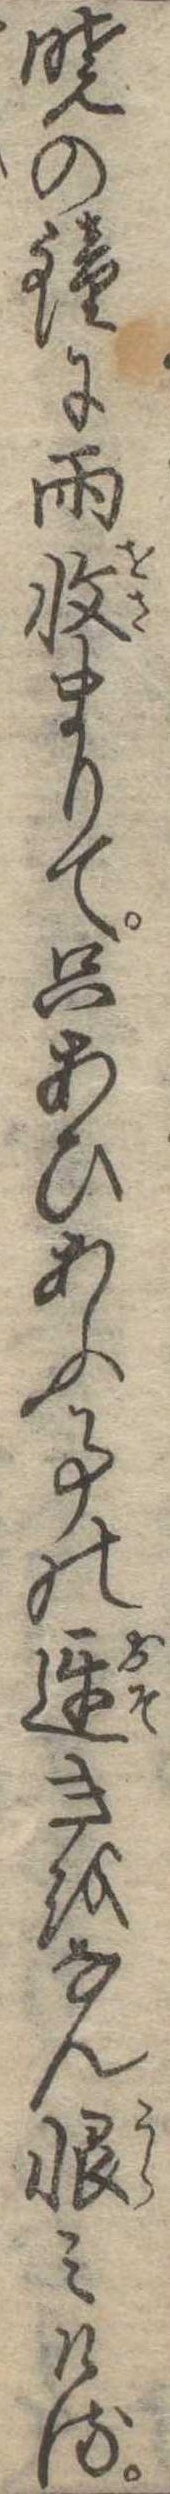
暁の鐘に雨収まりて只あひあふ事の遅きをなん恨みける